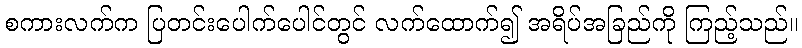
စကားလက်က ပြတင်းပေါက်ပေါင်တွင် လက်ထောက်၍ အရိပ်အခြည်ကို ကြည့်သည်။